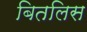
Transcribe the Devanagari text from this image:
बितलिस